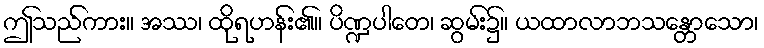
ဤသည်ကား။ အဿ၊ ထိုရဟန်း၏။ ပိဏ္ဍပါတေ၊ ဆွမ်း၌။ ယထာလာဘသန္တောသော၊